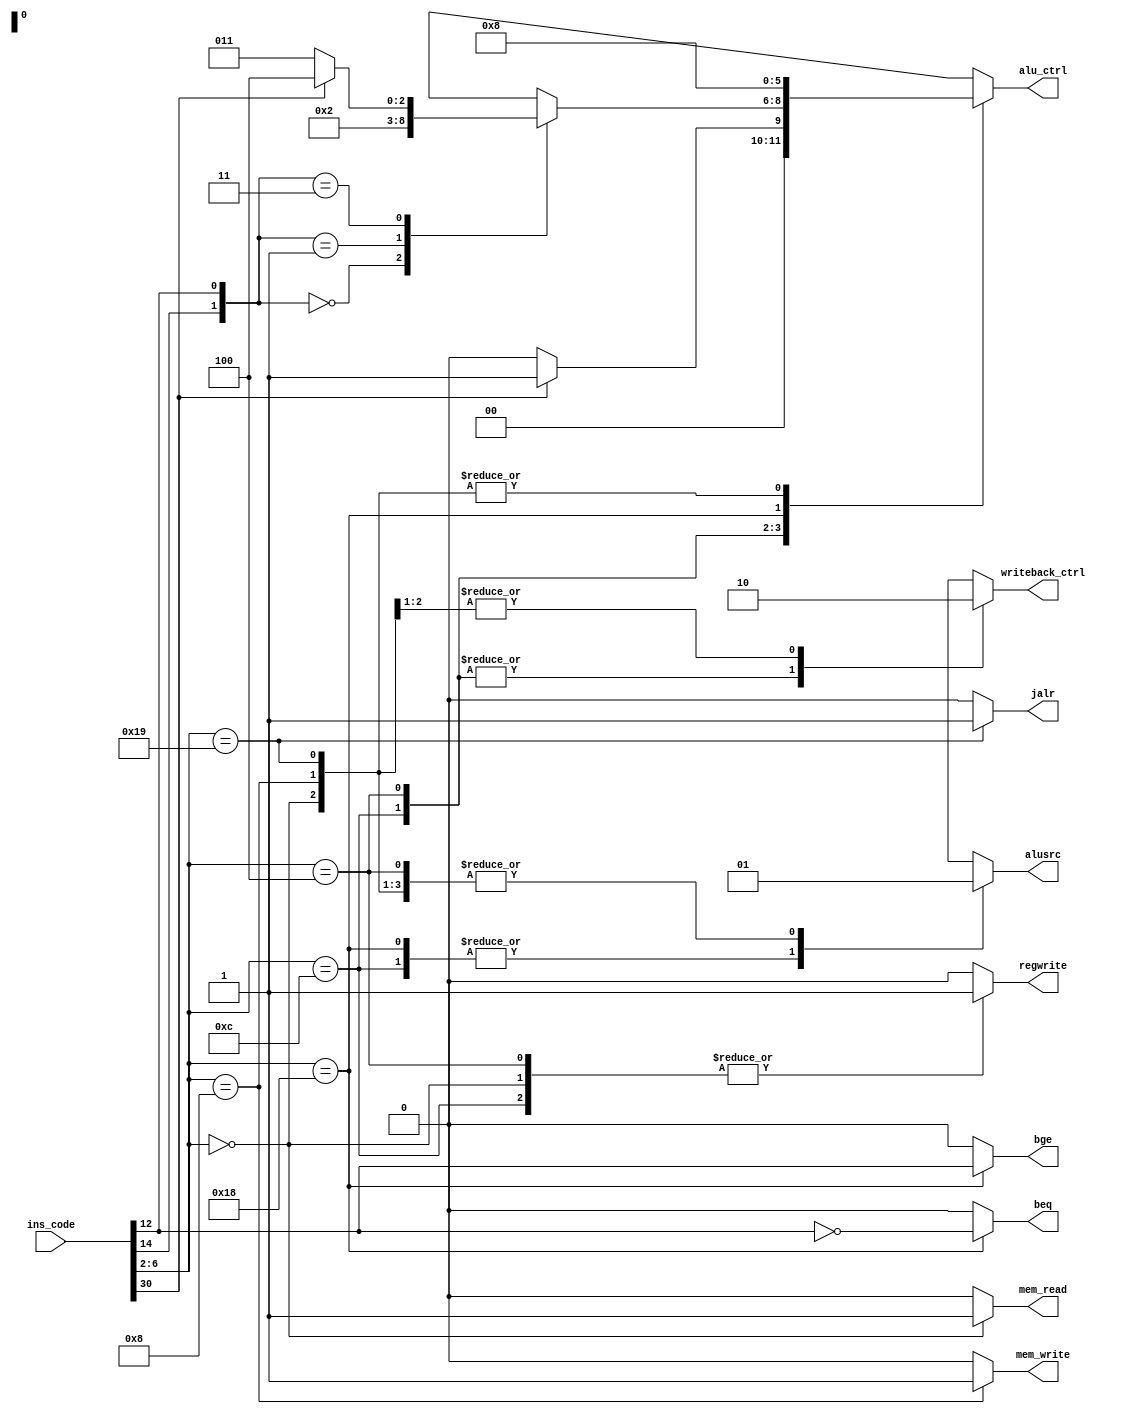
module Pipelinecontrol(input [31:0] ins_code, output reg alusrc, output reg writeback_ctrl, output reg mem_read,
output reg regwrite, output reg mem_write, output reg [2:0] alu_ctrl, output reg bge, output reg beq, output reg jalr);

always@(ins_code)
begin
case(ins_code[6:2])
5'b01100:begin
			alusrc=1'b0; writeback_ctrl=1'b1; mem_read=1'b0; regwrite=1'b1; mem_write=1'b0; bge=1'b0; beq=1'b0;
			jalr=1'b0; alu_ctrl=ins_code[30]?3'b001:3'b000;
			end
5'b00100:begin
			alusrc=1'b1; writeback_ctrl=1'b1; mem_read=1'b0; regwrite=1'b1; mem_write=1'b0; bge=1'b0; beq=1'b0;
			jalr=1'b0;
			case({ins_code[14],ins_code[12]})
			2'b00:alu_ctrl=3'b000;
			2'b01:alu_ctrl=3'b010;
			2'b11:alu_ctrl=ins_code[30]?3'b100:3'b011;
			default:alu_ctrl=3'bx;
			endcase
			end
5'b00000:begin
			alusrc=1'b1; writeback_ctrl=1'b0; mem_read=1'b1; regwrite=1'b1; mem_write=1'b0; bge=1'b0; beq=1'b0;
			jalr=1'b0; alu_ctrl=3'b000;
			end
5'b01000:begin
			alusrc=1'b1; writeback_ctrl=1'b0; mem_read=1'b0; regwrite=1'b0; mem_write=1'b1; bge=1'b0; beq=1'b0;
			jalr=1'b0; alu_ctrl=3'b000;
			end
5'b11000:begin
			alusrc=1'b0; writeback_ctrl=1'bx; mem_read=1'b0; regwrite=1'b0; mem_write=1'b0; jalr=1'b0; alu_ctrl=3'b001;
			bge=ins_code[12]; beq=~ins_code[12];
			end
5'b11001:begin
			alusrc=1'b1; writeback_ctrl=1'bx; mem_read=1'b0; regwrite=1'b0; mem_write=1'b0; bge=1'b0; beq=1'b0;
			jalr=1'b1; alu_ctrl=3'b000;
			end
default: begin
			alusrc=1'bx; writeback_ctrl=1'bx; mem_read=1'b0; regwrite=1'b0; mem_write=1'b0; bge=1'b0; beq=1'b0;
			jalr=1'b0; alu_ctrl=3'bx;
			end
endcase
end
endmodule